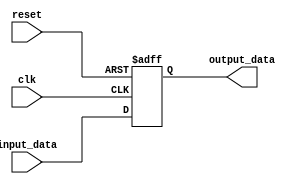
module latch_delay (
    input wire clk,
    input wire reset,
    input wire input_data,
    output reg output_data
);

always @(posedge clk or posedge reset) begin
    if (reset) begin
        output_data <= 1'b0;
    end else begin
        output_data <= #(delay_value) input_data; // delay_value is the desired delay in time units
    end
end

endmodule